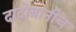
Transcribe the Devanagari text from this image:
दादोबांनीच